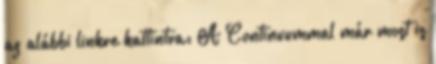
az alábbi linkre kattintva: A Continuummal már most is